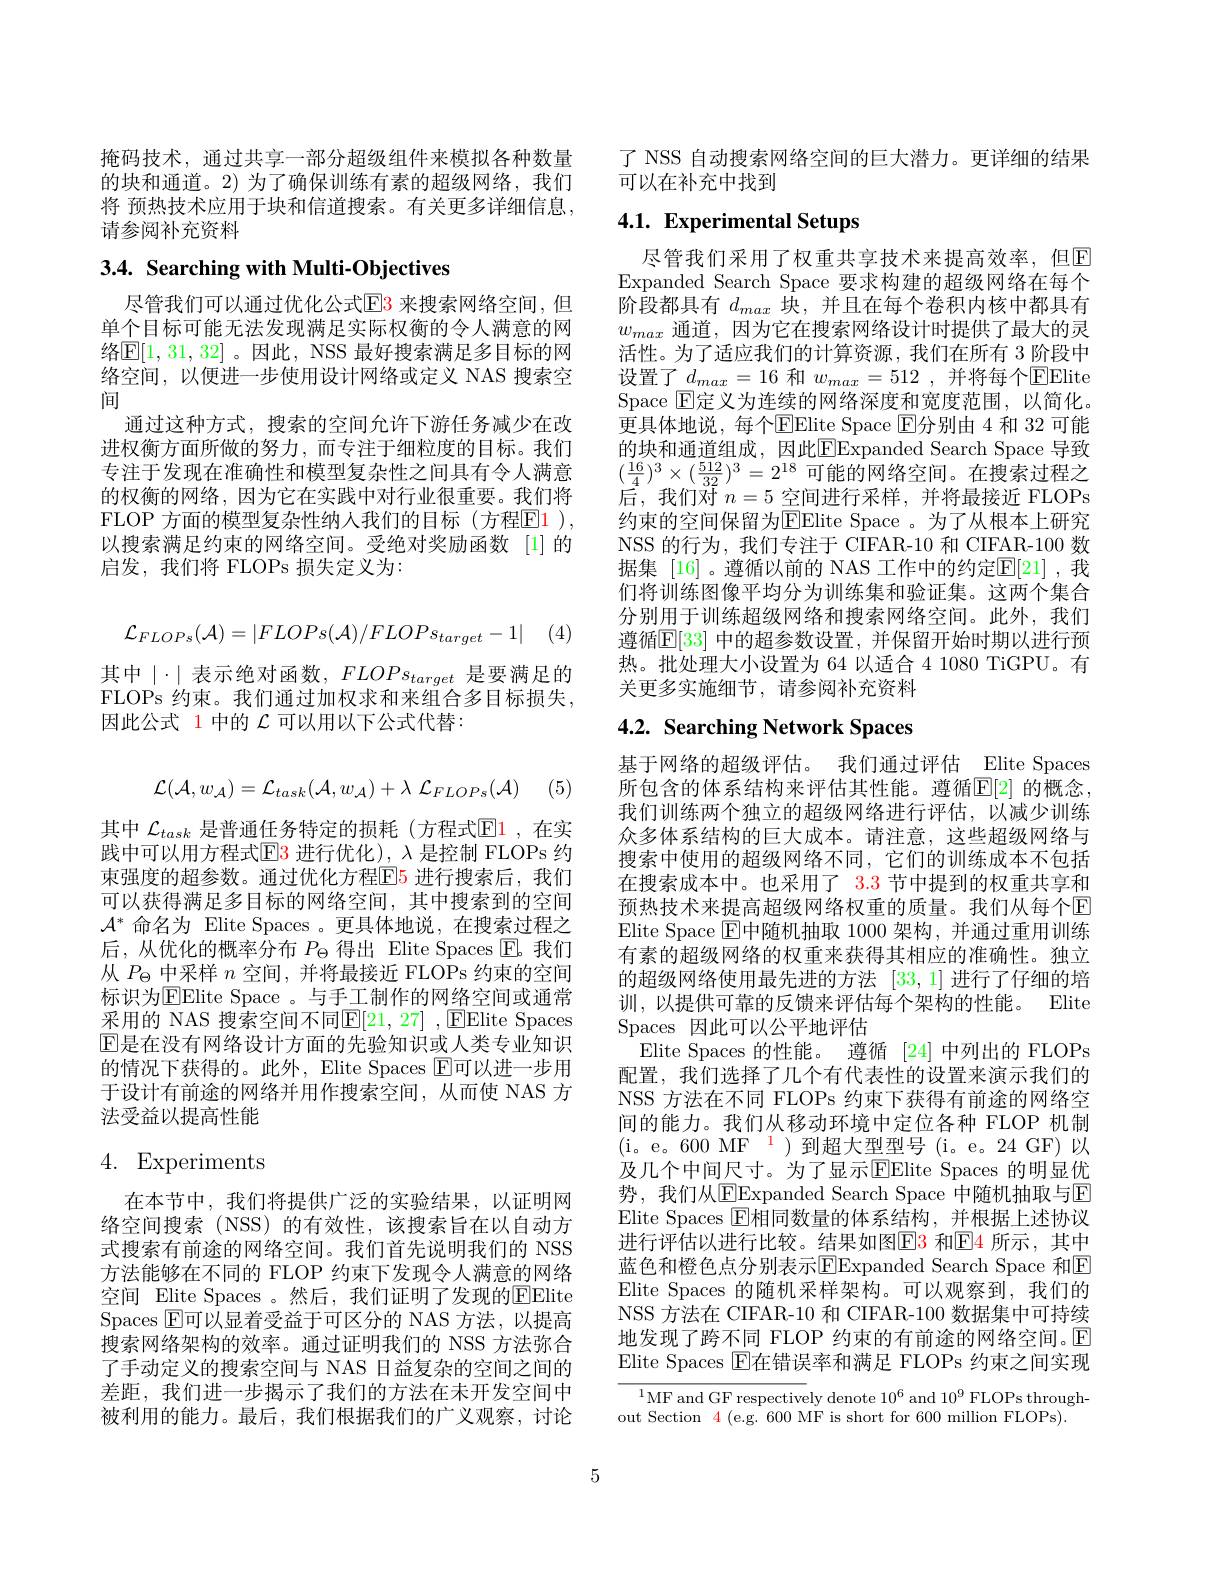
掩码技术，通过共享一部分超级组件来模拟各种数量的块和通道。2) 为了确保训练有素的超级网络，我们将 预热技术应用于块和信道搜索。有关更多详细信息， 请参阅补充资料

# 3.4. Searching with Multi-Objectives

尽管我们可以通过优化公式$\color{red}{\mathrm{E3}}$ 来搜索网络空间，但单个目标可能无法发现满足实际权衡的令人满意的网络$\mathbb{E}[1,31,32]$ 。因此，NSS 最好搜索满足多目标的网络空间，以便进一步使用设计网络或定义 NAS 搜索空间
通过这种方式，搜索的空间允许下游任务减少在改进权衡方面所做的努力，而专注于细粒度的目标。我们专注于发现在准确性和模型复杂性之间具有令人满意的权衡的网络，因为它在实践中对行业很重要。我们将FLOP 方面的模型复杂性纳人我们的目标(方程$\color{red}{\mathrm{E1}}$), 以搜索满足约束的网络空间。受绝对奖励函数 [1]的启发，我们将 FLOPs 损失定义为：
$$\mathcal{L}_{FLOPs}(\mathcal{A})=|FLOPs(\mathcal{A})/FLOPs_{target}-1|$$
其中$\mid\cdot\mid$表示绝对函数，$FLOPs_target$ 是要满足的FLOPs 约束。我们通过加权求和来组合多目标损失， 因此公式 1 中的$\mathcal{L}$可以用以下公式代替：
$$\mathcal{L}(\mathcal{A},w_{\mathcal{A}})=\mathcal{L}_{task}(\mathcal{A},w_{\mathcal{A}})+\lambda\:\mathcal{L}_{FLOPs}(\mathcal{A})$$
(5)

其中 $\mathcal{L}_{task}$ 是普通任务特定的损耗(方程式$\mathbb{E}$1,在实践中可以用方程式$\boxed{\mathrm{E}}3$ 进行优化), $\lambda$ 是控制 FLOPs 约束强度的超参数。通过优化方程E5 进行搜索后，我们可以获得满足多目标的网络空间，其中搜索到的空间$\mathcal{A}^*$命名为 Elite Spaces 。更具体地说，在搜索过程之后，从优化的概率分布$P_\Theta$得出 Elite Spaces $\overline{\mathrm{E}}$。我们从$P_\Theta$中采样$n$空间，并将最接近 FLOPs 约束的空间标识为$\operatorname{EElite}$ Space 。与手工制作的网络空间或通常采用的 NAS 搜索空间不同$\mathbb{E}[21,27]$ ,$\mathbb{E}$Elite Spaces $\mathbb{E}$是在没有网络设计方面的先验知识或人类专业知识的情况下获得的。此外，Elite Spaces $\operatorname{E\text{可以进一步用}}$ 于设计有前途的网络并用作搜索空间，从而使 NAS 方法受益以提高性能

# 4. Experiments

在本节中，我们将提供广泛的实验结果，以证明网络空间搜索(NSS)的有效性，该搜索旨在以自动方式搜索有前途的网络空间。我们首先说明我们的 NSS 方法能够在不同的 FLOP 约束下发现令人满意的网络空间 Elite Spaces 。然后，我们证明了发现的$\underline{\mathrm{E}}$Elite Spaces $\boxed{\mathrm{F}}$可以显着受益于可区分的 NAS 方法，以提高搜索网络架构的效率。通过证明我们的 NSS 方法弥合了手动定义的搜索空间与 NAS 日益复杂的空间之间的差距，我们进一步揭示了我们的方法在未开发空间中被利用的能力。最后，我们根据我们的广义观察，讨论

了 NSS 自动搜索网络空间的巨大潜力。更详细的结果
可以在补充中找到

# 4.1. Experimental Setups

尽管我们采用了权重共享技术来提高效率，但回Expanded Search Space 要求构建的超级网络在每个阶段都具有$d_{max}$块，并且在每个卷积内核中都具有$w_{max}$通道，因为它在搜索网络设计时提供了最大的灵活性。为了适应我们的计算资源，我们在所有 3 阶段中设置了$d_max=16$和$w_{max}=512$,并将每个EElite Space E定义为连续的网络深度和宽度范围，以简化。更具体地说，每个EElite Space E分别由 4 和 32 可能的块和通道组成，因此$\boxed{\mathrm{FExpanded~Search~Space~}}$导致$(\frac{16}{4})^{3}\times(\frac{512}{32})^{3}=2^{18}$可能的网络空间。在搜索过程之后，我们对$n=5$空间进行采样，并将最接近 FLOPs 约束的空间保留为E$lite Space 。为 了 从 根 本 上 研 究$ NSS 的行为，我们专注于 CIFAR-10 和 CIFAR-100 数据集 [16] 。遵循以前的 NAS 工作中的约定$\mathbb{E}[21]$ ,我们将训练图像平均分为训练集和验证集。这两个集合分别用于训练超级网络和搜索网络空间。此外，我们遵循$\mathbb{E}[33]$ 中的超参数设置，并保留开始时期以进行预热。批处理大小设置为 64 以适合4 1080 TiGPU。有关更多实施细节，请参阅补充资料

# 4.2. Searching Network Spaces

基于网络的超级评估。我们通过评估 Elite Spaces 所包含的体系结构来评估其性能。遵循$\mathbb{E}[2]$ 的概念我们训练两个独立的超级网络进行评估，以减少训练众多体系结构的巨大成本。请注意，这些超级网络与搜索中使用的超级网络不同，它们的训练成本不包括在搜索成本中。也采用了 3.3 节中提到的权重共享和预热技术来提高超级网络权重的质量。我们从每个E Elite Space $\boxed{\mathrm{F}}$中随机抽取 1000 架构，并通过重用训练有素的超级网络的权重来获得其相应的准确性。独立的超级网络使用最先进的方法[33,1]进行了仔细的培训，以提供可靠的反馈来评估每个架构的性能。Elite Spaces 因此可以公平地评估
Elite Spaces 的性能。遵循[24]中列出的 FLOPs 配置，我们选择了几个有代表性的设置来演示我们的NSS 方法在不同 FLOPs 约束下获得有前途的网络空间的能力。我们从移动环境中定位各种 FLOP 机制(i。e。600 MF$^{1})$到超大型型号(i。e。24GF)以及几个中间尺寸。为了显示Elite Spaces 的明显优势，我们从$\operatorname{EExpanded}$ Search Space 中随机抽取与E Elite Spaces $\operatorname{E}$相同数量的体系结构，并根据上述协议进行评估以进行比较。结果如图$\color{red}{\mathrm{E3~}}$和$\color{blue}{\mathrm{E4~}}$所示，其中蓝色和橙色点分别表示$\boxed{\mathrm{FExpanded~Search~Space~}}$和E Elite Spaces 的随机采样架构。可以观察到，我们的NSS 方法在 CIFAR-10 和 CIFAR-100 数据集中可持续地发现了跨不同 FLOP 约束的有前途的网络空间。$\mathbb{E}$ Elite Spaces $\operatorname{E}$在错误率和满足 FLOPs 约束之间实现${^{1}\text{MF and GF respectively denote }10^{6}\mathrm{~and~}10^{9}\mathrm{~FLOPs~through-}}$

out Section $\color{red}{4}$ (e.g. 600 MF is short for 600 million FLOPs).

5